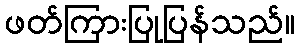
ဖတ်ကြားပြုပြန်သည်။